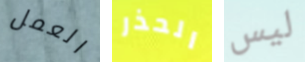
العمل الحذر ليس